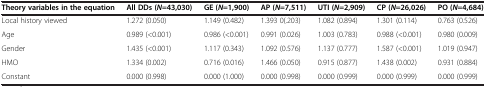
<table><thead><tr><td><b>Theory variables in the equation</b></td><td><b>All DDs ( <i>N </i>=43,030)</b></td><td><b>GE ( <i>N </i>=1,900)</b></td><td><b>AP ( <i>N </i>=7,511)</b></td><td><b>UTI ( <i>N </i>=2,909)</b></td><td><b>CP ( <i>N </i>=26,026)</b></td><td><b>PO ( <i>N </i>=4,684)</b></td></tr></thead><tbody><tr><td>Local history viewed</td><td>1.272 (0.050)</td><td>1.149 (0.482)</td><td>1.393 0(.203)</td><td>1.082 (0.894)</td><td>1.301 (0.114)</td><td>0.763 (0.526)</td></tr><tr><td>Age</td><td>0.989 (&lt;0.001)</td><td>0.986 (&lt;0.001)</td><td>0.991 (0.026)</td><td>1.003 (0.783)</td><td>0.988 (&lt;0.001)</td><td>0.980 (0.009)</td></tr><tr><td>Gender</td><td>1.435 (&lt;0.001)</td><td>1.117 (0.343)</td><td>1.092 (0.576)</td><td>1.137 (0.777)</td><td>1.587 (&lt;0.001)</td><td>1.019 (0.947)</td></tr><tr><td>HMO</td><td>1.334 (0.002)</td><td>0.716 (0.016)</td><td>1.466 (0.050)</td><td>0.915 (0.877)</td><td>1.438 (0.002)</td><td>0.931 (0.884)</td></tr><tr><td>Constant</td><td>0.000 (0.998)</td><td>0.000 (1.000)</td><td>0.000 (0.998)</td><td>0.000 (0.999)</td><td>0.000 (0.999)</td><td>0.000 (0.999)</td></tr></tbody></table>